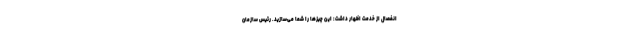
انفصال از خدمت اظهار داشت: این چیزها را شما می‌سازید. رئیس سازمان